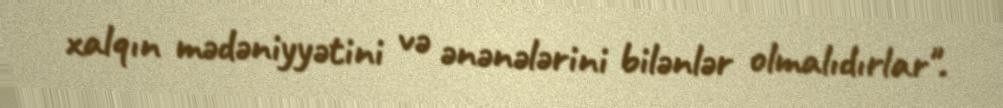
xalqın mədəniyyətini və ənənələrini bilənlər olmalıdırlar".